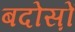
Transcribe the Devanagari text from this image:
बदोस़ों